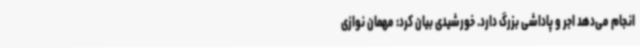
انجام می‌دهد اجر و پاداشی بزرگ دارد. خورشیدی بیان کرد: مهمان نوازی